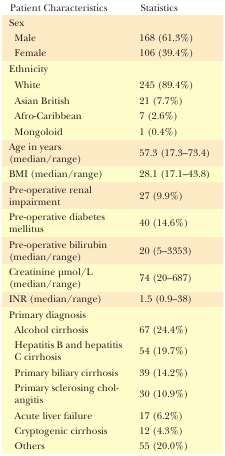
| Patient Characteristics | Statistics |
 | --- | --- |
 | Sex |  |
 | Male | 168 (61.3%) |
 | Female | 106 (39.4%) |
 | Ethnicity |  |
 | White | 245 (89.4%) |
 | Asian British | 21 (7.7%) |
 | Afro-Caribbean | 7 (2.6%) |
 | Mongoloid | 1 (0.4%) |
 | Age in years (median/range) | 57.3 (17.3–73.4) |
 | BMI (median/range) | 28.1 (17.1–43.8) |
 | Pre-operative renal impairment | 27 (9.9%) |
 | Pre-operative diabetesmellitus | 40 (14.6%) |
 | Pre-operative bilirubin (median/range) | 20 (5–3353) |
 | Creatinine μmol/L (median/range) | 74 (20–687) |
 | INR (median/range) | 1.5 (0.9–38) |
 | Primary diagnosis |  |
 | Alcohol cirrhosis | 67 (24.4%) |
 | Hepatitis B and hepatitis C cirrhosis | 54 (19.7%) |
 | Primary biliary cirrhosis | 39 (14.2%) |
 | Primary sclerosing cholangitis | 30 (10.9%) |
 | Acute liver failure | 17 (6.2%) |
 | Cryptogenic cirrhosis | 12 (4.3%) |
 | Others | 55 (20.0%) |